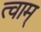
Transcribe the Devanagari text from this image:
त्वाम्